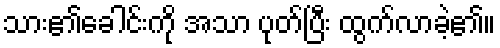
သား၏ခေါင်းကို အသာ ပုတ်ပြီး ထွက်လာခဲ့၏။